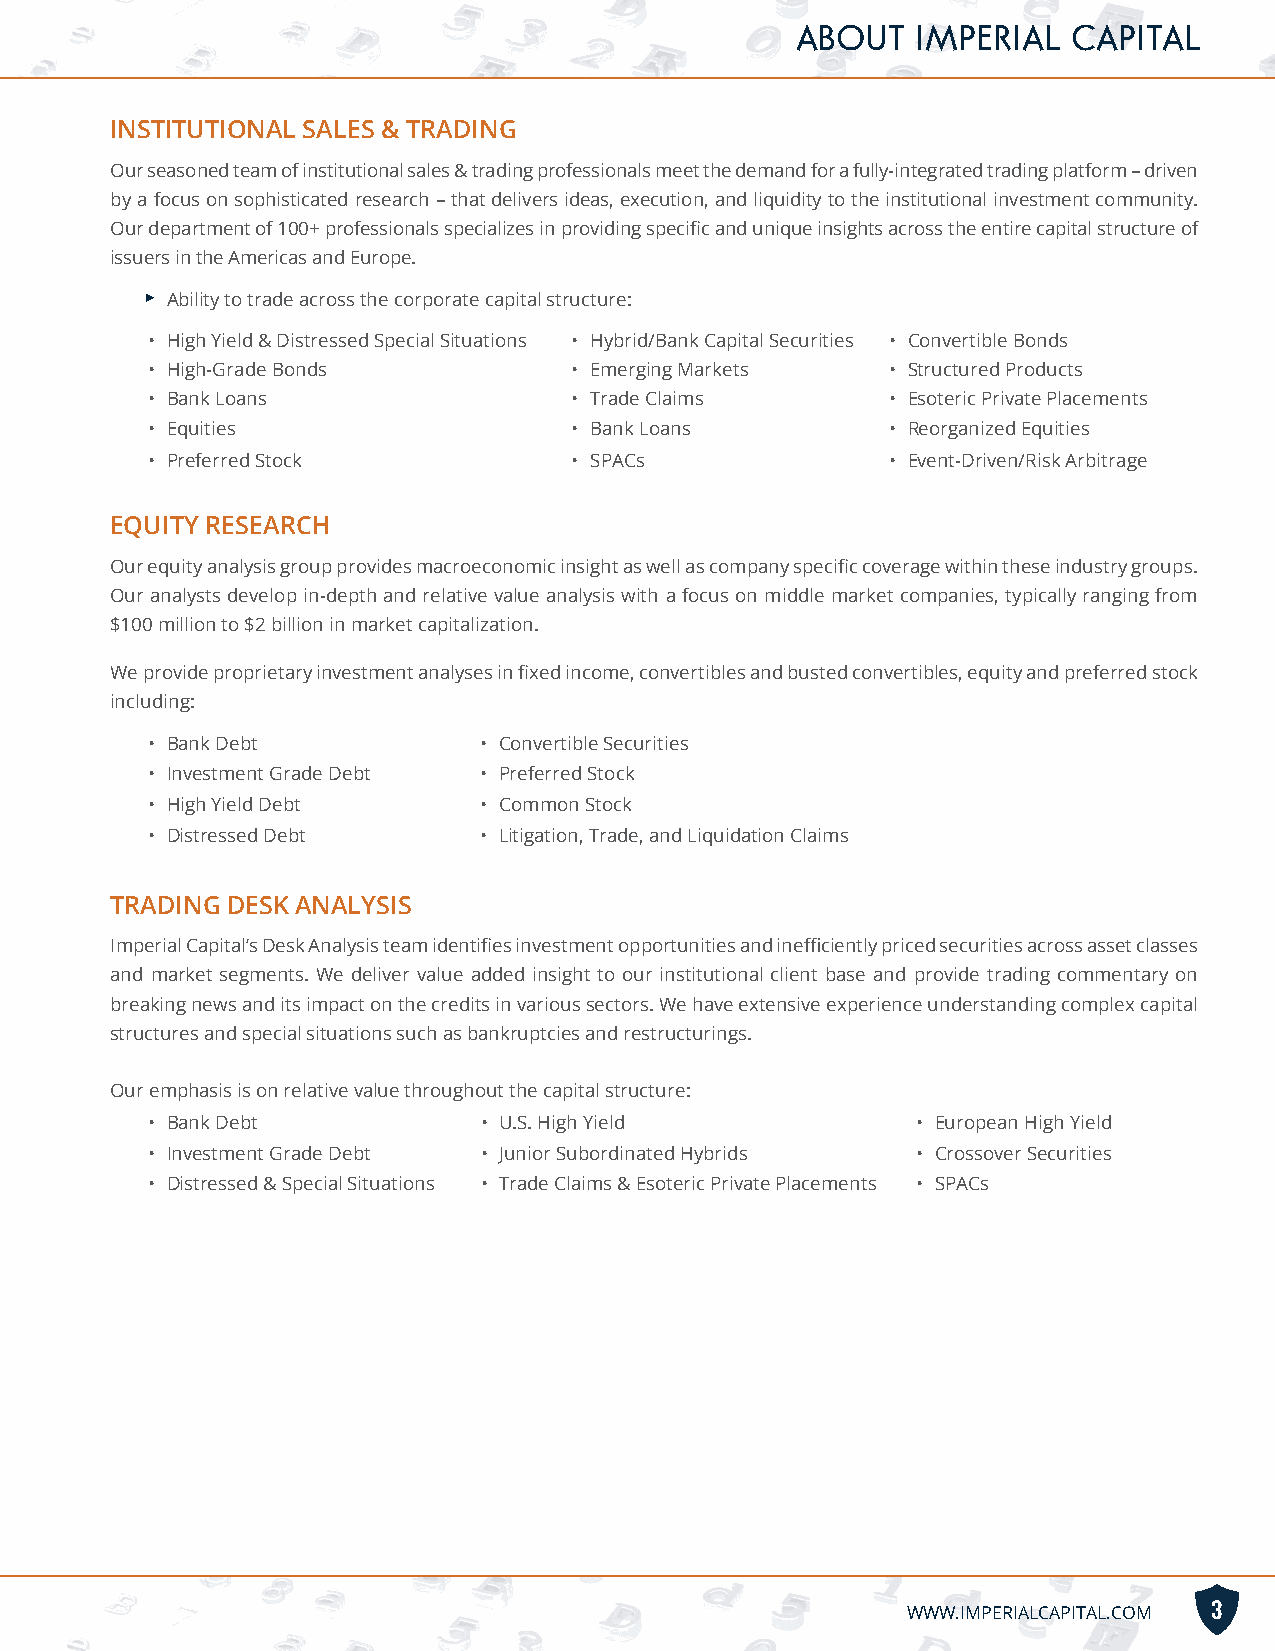
ABOUT   IMPERIAL  CAPITAL
 INSTITUTIONAL SALES & TRADING
 Our seasoned team of institutional sales & trading professionals meet the demand for a fully-integrated trading platform – driven
 by a focus on sophisticated research – that delivers ideas, execution, and liquidity to the institutional investment community.
 Our department of 100+ professionals specializes in providing specific and unique insights across the entire capital structure of
 issuers in the Americas and Europe.
 ► Ability to trade across the corporate capital structure:
 • High Yield & Distressed Special Situations • Hybrid/Bank Capital Securities • Convertible Bonds
 • High-Grade Bonds          • Emerging Markets   • Structured Products
 • Bank Loans                • Trade Claims       • Esoteric Private Placements
 • Equities                  • Bank Loans         • Reorganized Equities
 • Preferred Stock           • SPACs              • Event-Driven/Risk Arbitrage
 EQUITY RESEARCH
 Our equity analysis group provides macroeconomic insight as well as company specific coverage within these industry groups.
 Our analysts develop in-depth and relative value analysis with a focus on middle market companies, typically ranging from
 $100 million to $2 billion in market capitalization.
 We provide proprietary investment analyses in fixed income, convertibles and busted convertibles, equity and preferred stock
 including:
 • Bank Debt           • Convertible Securities
 • Investment Grade Debt • Preferred Stock
 • High Yield Debt     • Common Stock
 • Distressed Debt     • Litigation, Trade, and Liquidation Claims
 TRADING DESK ANALYSIS
 Imperial Capital’s Desk Analysis team identifies investment opportunities and inefficiently priced securities across asset classes
 and market segments. We deliver value added insight to our institutional client base and provide trading commentary on
 breaking news and its impact on the credits in various sectors. We have extensive experience understanding complex capital
 structures and special situations such as bankruptcies and restructurings.
 Our emphasis is on relative value throughout the capital structure:
 • Bank Debt           • U.S. High Yield            • European High Yield
 • Investment Grade Debt • Junior Subordinated Hybrids • Crossover Securities
 • Distressed & Special Situations • Trade Claims & Esoteric Private Placements • SPACs
 WWW.IMPERIALCAPITAL.COM 3